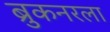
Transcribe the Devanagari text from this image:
ब्रुकनरला